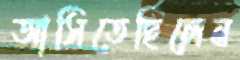
আসিতেছিলেন